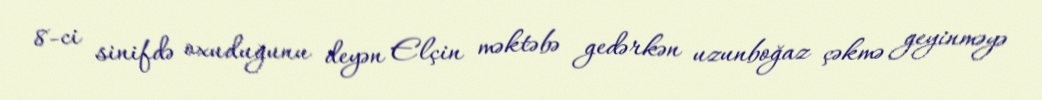
8-ci sinifdə oxuduğunu deyən Elçin məktəbə gedərkən uzunboğaz çəkmə geyinməyə